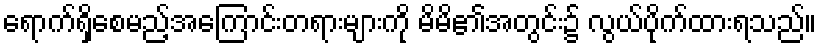
ရောက်ရှိစေမည့်အကြောင်းတရားများကို မိမိ၏အတွင်း၌ လွယ်ပိုက်ထားရသည်။